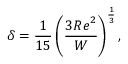
\delta = \frac { 1 } { 1 5 } \left( \frac { 3 { R e } ^ { 2 } } { W } \right) ^ { \frac { 1 } { 3 } } ,